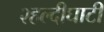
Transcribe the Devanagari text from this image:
२हल्दीघाटी